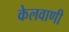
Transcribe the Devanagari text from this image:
केलवाणी